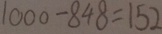
1 0 0 0 - 8 4 8 = 1 5 2